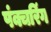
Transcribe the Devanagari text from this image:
पंक्चरिंग